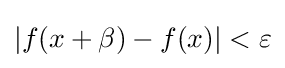
|f(x+\beta )-f(x)|<\varepsilon